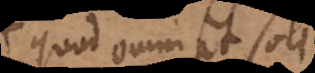
quod omni et soli